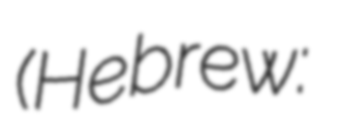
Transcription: (Hebrew: רְחוֹב